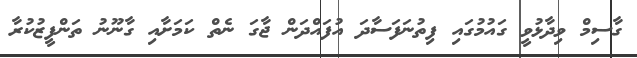
ގާސިމް ވިދާޅުވީ ގައުމުގައި ފިތުނަފަސާދަ އުފައްދަން ޖާގަ ނެތް ކަމަށާއި ގާނޫނު ތަންފީޒުކުރާ